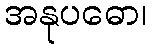
အနုပဓော၊